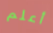
أعلم